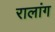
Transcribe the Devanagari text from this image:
रालांग